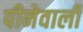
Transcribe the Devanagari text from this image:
पीनेवाली